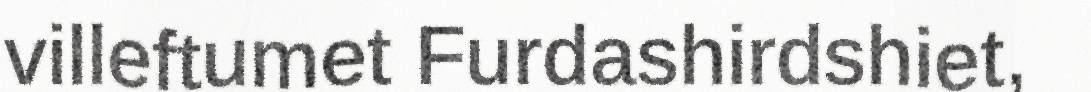
villeftumet Furdashirdshiet,